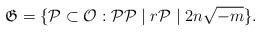
LaTeX: \begin{align*}\mathfrak{G}=\{\mathcal{P}\subset\mathcal{O} : \mathcal{P} \mathcal{P}\mid r\mathcal{P}\mid 2n\sqrt{{-m}}\}.\end{align*}